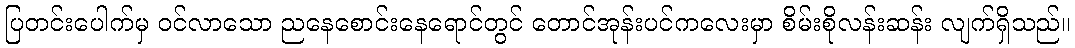
ပြတင်းပေါက်မှ ဝင်လာသော ညနေစောင်းနေရောင်တွင် တောင်အုန်းပင်ကလေးမှာ စိမ်းစိုလန်းဆန်း လျက်ရှိသည်။